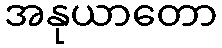
အနုယာတော